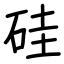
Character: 硅